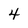
Character: 4